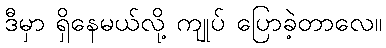
ဒီမှာ ရှိနေမယ်လို့ ကျုပ် ပြောခဲ့တာလေ။